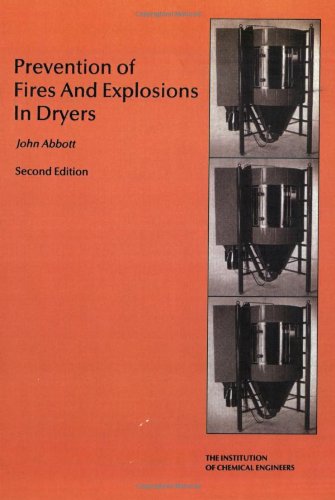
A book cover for Prevention of Fires and Explosions in Dryers--A User Guide - IChemE; J. A. Abbott; Science & Math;